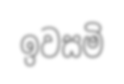
ඉවසමි